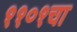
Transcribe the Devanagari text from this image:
११०१चा